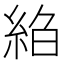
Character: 𦀆